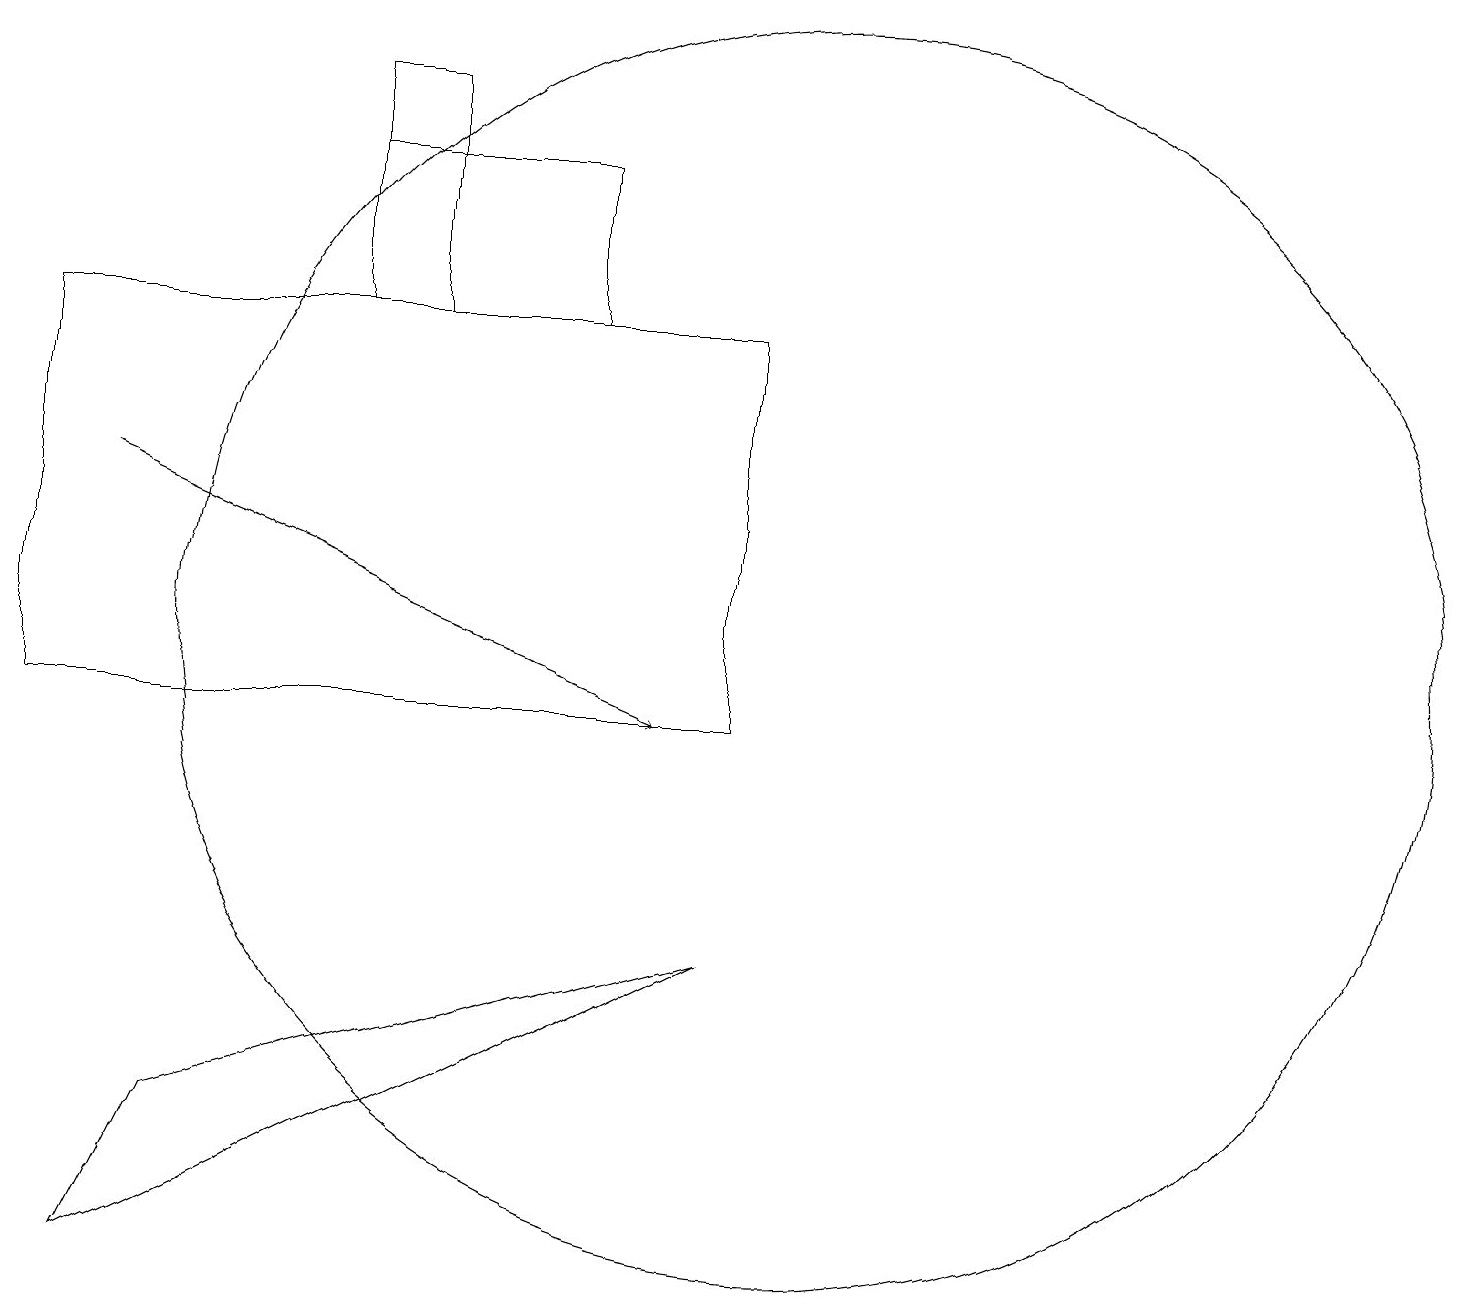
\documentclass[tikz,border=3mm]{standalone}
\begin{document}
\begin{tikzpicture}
\draw (0,11) rectangle (9,16);
\draw[->] (1,14) -- (8,11);
\draw (7,18) rectangle (4,16);
\draw (10,12) circle (8);
\draw (1,4) -- (2,6) -- (9,8) -- cycle;
\draw (5,19) rectangle (4,16);
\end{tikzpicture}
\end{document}